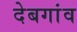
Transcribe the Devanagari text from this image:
देबगांव